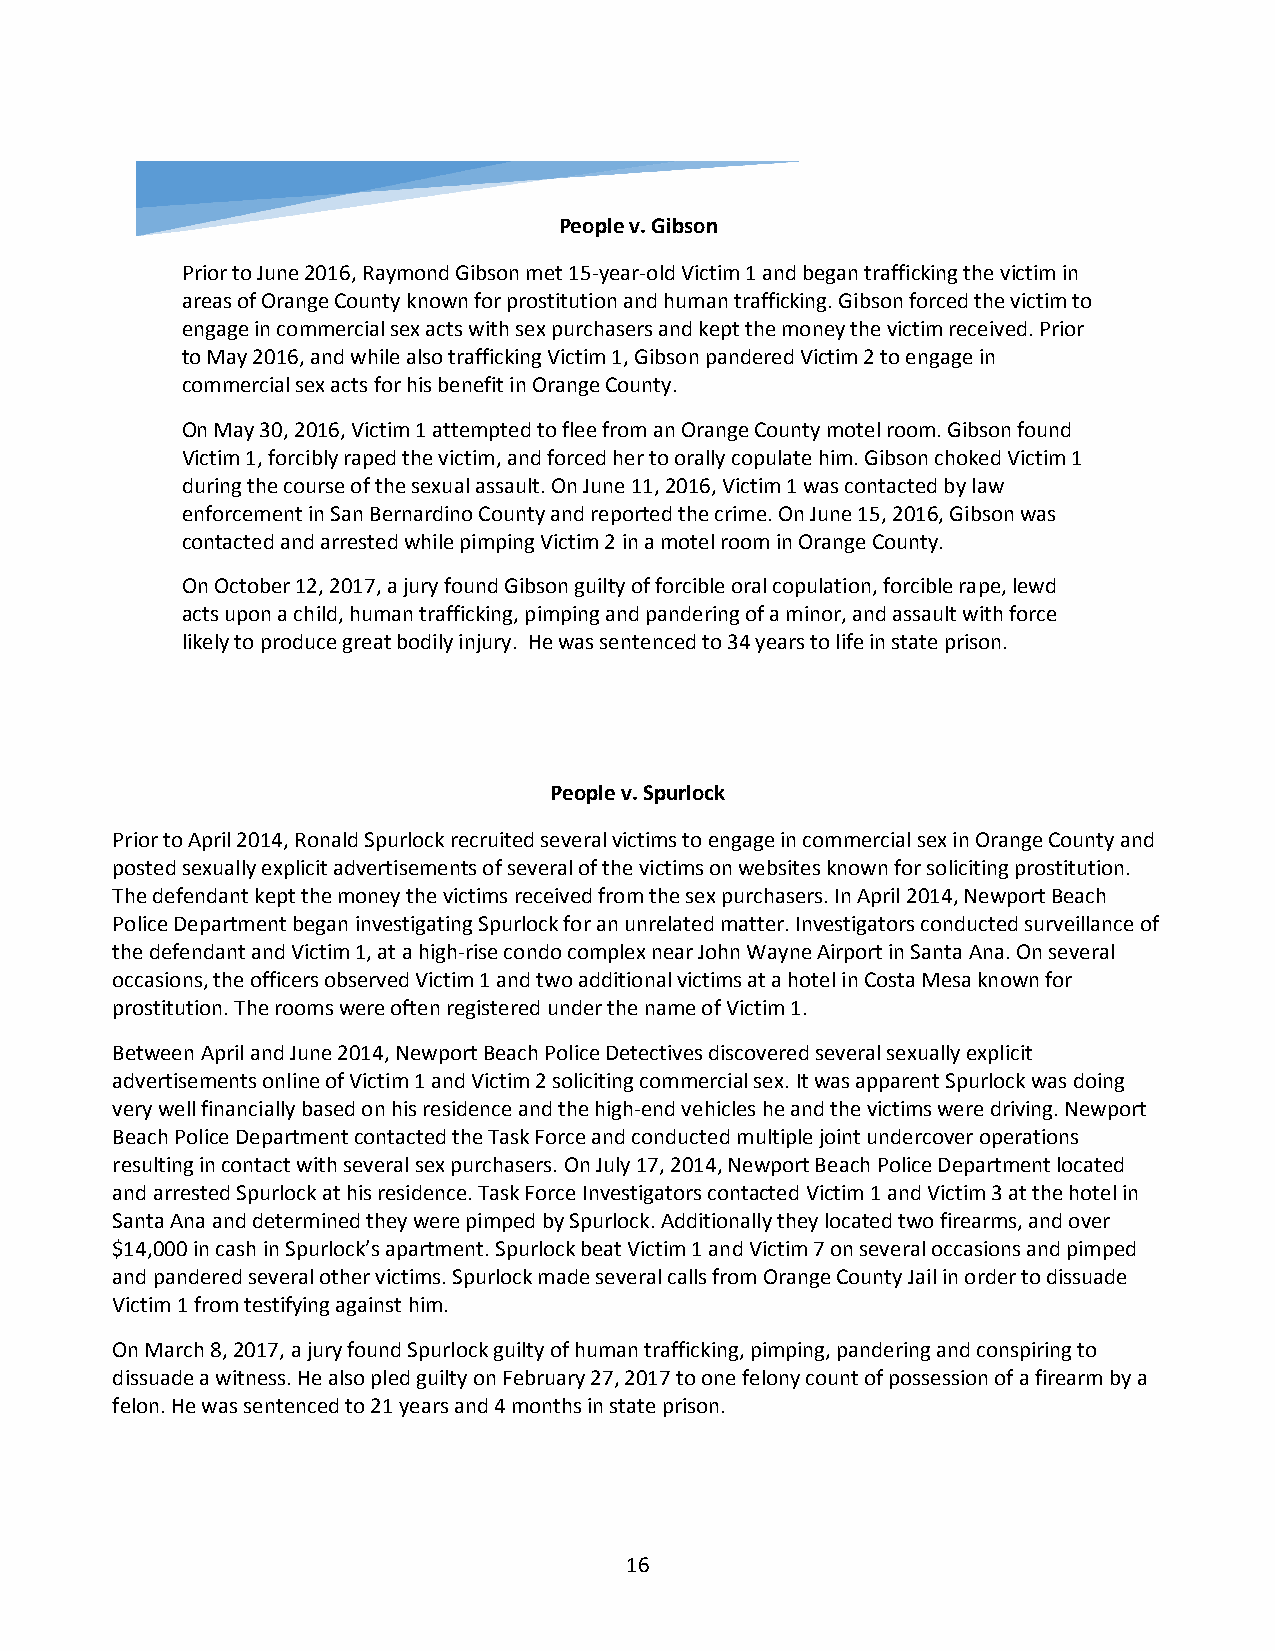
People v. Gibson
 Prior to June 2016, Raymond Gibson met 15-year-old Victim 1 and began trafficking the victim in
 areas of Orange County known for prostitution and human trafficking. Gibson forced the victim to
 engage in commercial sex acts with sex purchasers and kept the money the victim received. Prior
 to May 2016, and while also trafficking Victim 1, Gibson pandered Victim 2 to engage in
 commercial sex acts for his benefit in Orange County.
 On May 30, 2016, Victim 1 attempted to flee from an Orange County motel room. Gibson found
 Victim 1, forcibly raped the victim, and forced her to orally copulate him. Gibson choked Victim 1
 during the course of the sexual assault. On June 11, 2016, Victim 1 was contacted by law
 enforcement in San Bernardino County and reported the crime. On June 15, 2016, Gibson was
 contacted and arrested while pimping Victim 2 in a motel room in Orange County.
 On October 12, 2017, a jury found Gibson guilty of forcible oral copulation, forcible rape, lewd
 acts upon a child, human trafficking, pimping and pandering of a minor, and assault with force
 likely to produce great bodily injury. He was sentenced to 34 years to life in state prison.
 People v. Spurlock
 Prior to April 2014, Ronald Spurlock recruited several victims to engage in commercial sex in Orange County and
 posted sexually explicit advertisements of several of the victims on websites known for soliciting prostitution.
 The defendant kept the money the victims received from the sex purchasers. In April 2014, Newport Beach
 Police Department began investigating Spurlock for an unrelated matter. Investigators conducted surveillance of
 the defendant and Victim 1, at a high-rise condo complex near John Wayne Airport in Santa Ana. On several
 occasions, the officers observed Victim 1 and two additional victims at a hotel in Costa Mesa known for
 prostitution. The rooms were often registered under the name of Victim 1.
 Between April and June 2014, Newport Beach Police Detectives discovered several sexually explicit
 advertisements online of Victim 1 and Victim 2 soliciting commercial sex. It was apparent Spurlock was doing
 very well financially based on his residence and the high-end vehicles he and the victims were driving. Newport
 Beach Police Department contacted the Task Force and conducted multiple joint undercover operations
 resulting in contact with several sex purchasers. On July 17, 2014, Newport Beach Police Department located
 and arrested Spurlock at his residence. Task Force Investigators contacted Victim 1 and Victim 3 at the hotel in
 Santa Ana and determined they were pimped by Spurlock. Additionally they located two firearms, and over
 $14,000 in cash in Spurlock’s apartment. Spurlock beat Victim 1 and Victim 7 on several occasions and pimped
 and pandered several other victims. Spurlock made several calls from Orange County Jail in order to dissuade
 Victim 1 from testifying against him.
 On March 8, 2017, a jury found Spurlock guilty of human trafficking, pimping, pandering and conspiring to
 dissuade a witness. He also pled guilty on February 27, 2017 to one felony count of possession of a firearm by a
 felon. He was sentenced to 21 years and 4 months in state prison.
 16